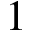
\a = 1